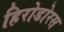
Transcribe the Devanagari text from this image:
हिरोडोरस